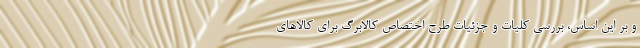
و بر این اساس، بررسی کلیات و جزئیات طرح اختصاص کالابرگ برای کالاهای